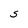
Character: S